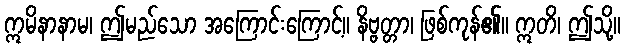
ဣမိနာနာမ၊ ဤမည်သော အကြောင်းကြောင့်။ နိဗ္ဗတ္တာ၊ ဖြစ်ကုန်၏။ ဣတိ၊ ဤသို့။